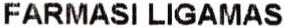
FARMASI LIGAMAS